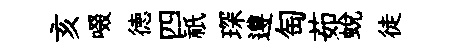
亥啜徳四祇琛遵匋茹蜕徒